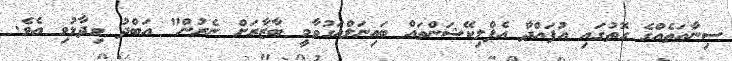
ސިނާއަތެއްގެ ގޮތުގައި އުފައްދާ އެޕްލިކޭޝަންތައް ބައިނަލްއަގުވާމީ ބާޒާރަށް ނެރުން" އަބްދު ވިދާޅުވި އެވެ.